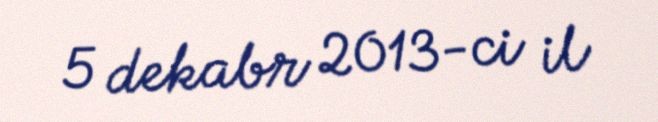
5 dekabr 2013-ci il